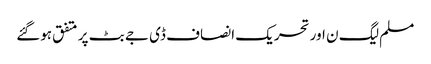
مسلم لیگ ن اور تحریک انصاف ڈی جے بٹ پر متفق ہوگئے